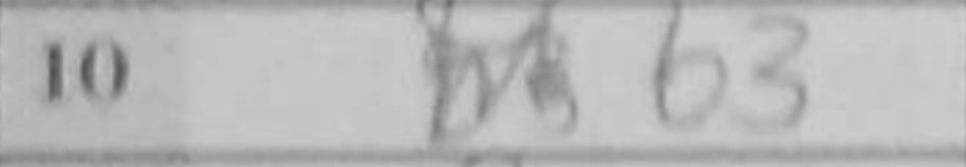
Transcription: b3